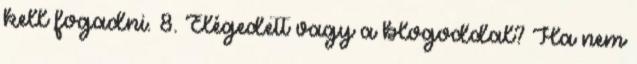
kell fogadni. 8. Elégedett vagy a blogoddal? Ha nem